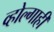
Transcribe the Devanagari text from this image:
व्होल्गाही